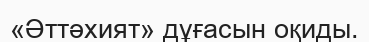
«Әттәхият» дұғасын оқиды.